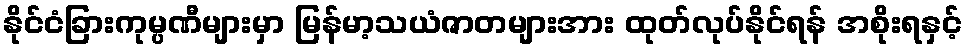
နိုင်ငံခြားကုမ္ပဏီများမှာ မြန်မာ့သယံဇာတများအား ထုတ်လုပ်နိုင်ရန် အစိုးရနှင့်